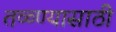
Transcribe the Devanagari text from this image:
तळ्ण्यासाठी